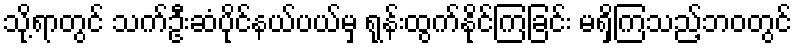
သို့ရာတွင် သက်ဦးဆံပိုင်နယ်ပယ်မှ ရုန်းထွက်နိုင်ကြခြင်း မရှိကြသည့်ဘဝတွင်